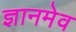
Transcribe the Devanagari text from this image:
ज्ञानमेव